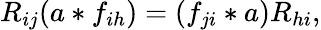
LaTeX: R_{ij}(a\ast f_{ih})=(f_{ji}\ast a)R_{hi},